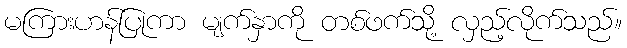
မကြားဟန်ပြုကာ မျက်နှာကို တစ်ဖက်သို့ လှည့်လိုက်သည်။